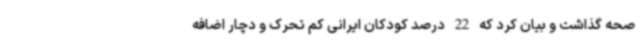
صحه گذاشت و بیان کرد که 22 درصد کودکان ایرانی کم تحرک و دچار اضافه